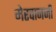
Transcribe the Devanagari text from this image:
मेरवानजी